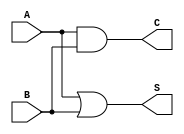
module threshold_half_adder (
    input wire A,    // First binary input
    input wire B,    // Second binary input
    output wire S,   // Sum output
    output wire C    // Carry output
);

// Sum output: S = 1 if (A + B) >= 1
assign S = (A | B); // S is high if either A or B is high

// Carry output: C = 1 if (A + B) >= 2
assign C = A & B; // C is high if both A and B are high

endmodule